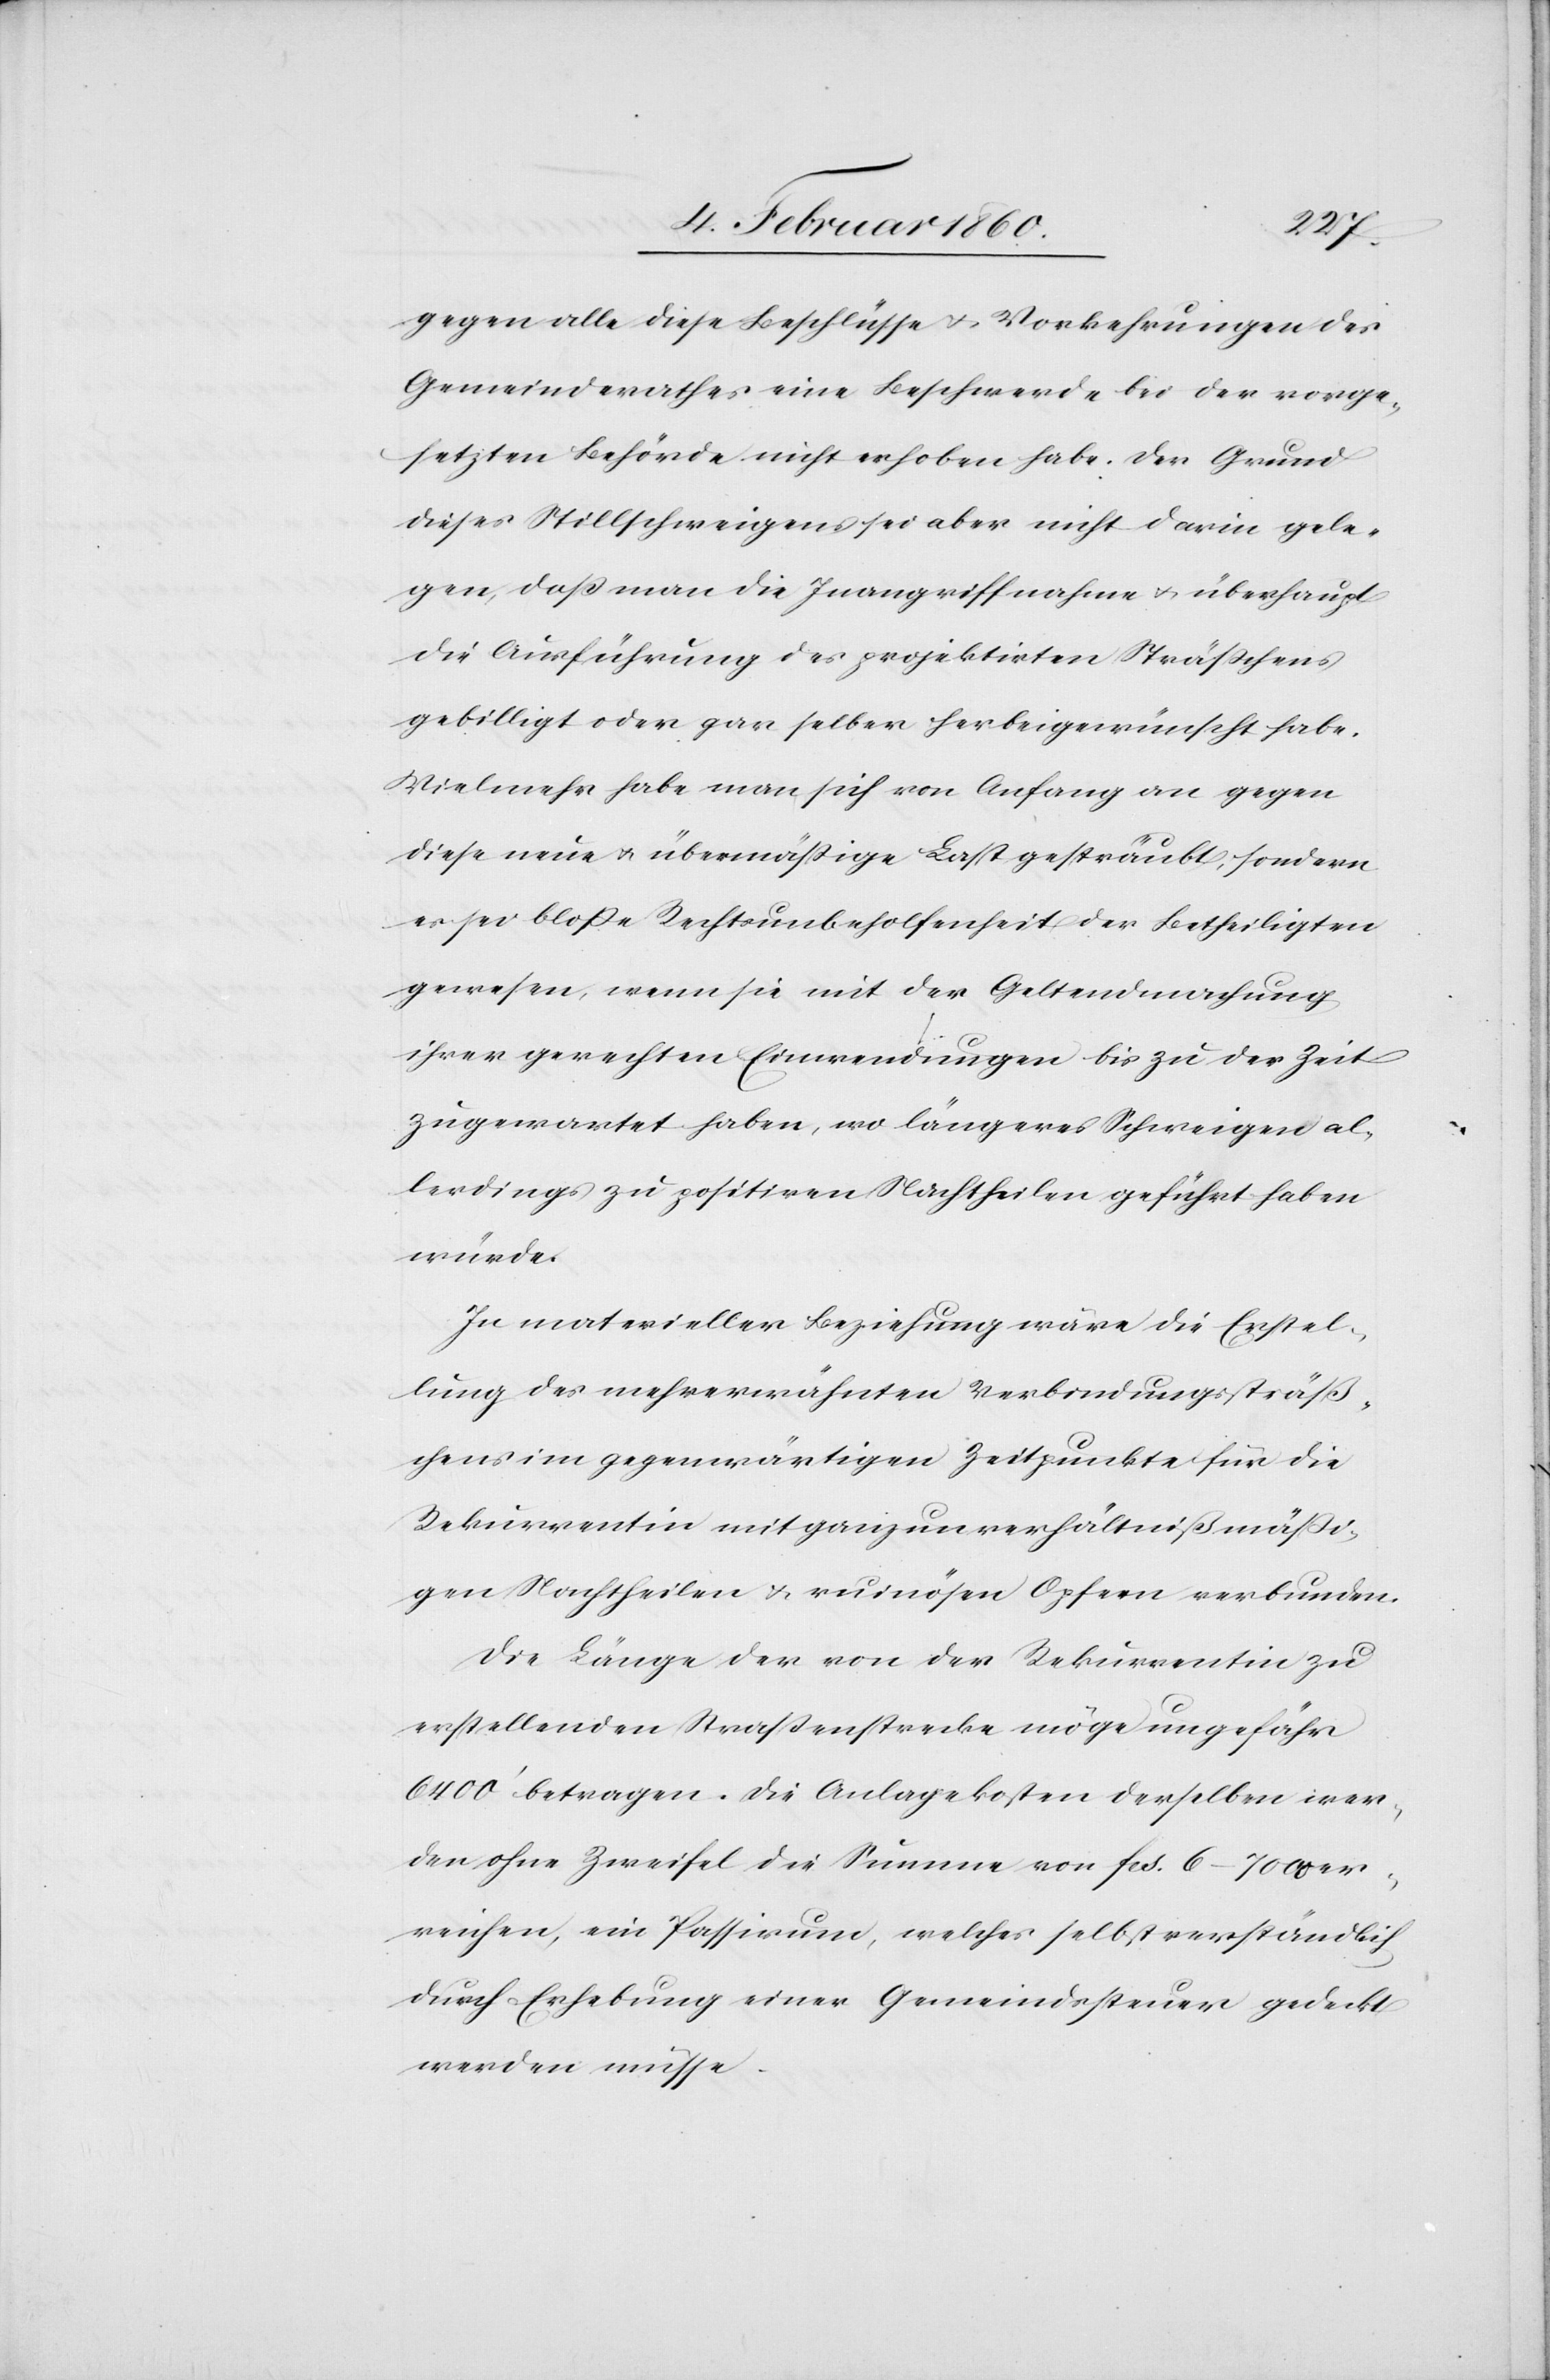
gegen alle diese Beschlüsse u. Vorkehrungen des
Gemeindrathes eine Beschwerde bei der vorge¬
setzten Behörde nicht erhoben habe. Der Grund
dieses Stillschweigens sei aber nicht darin gele¬
gen, daß man die Inangriffnahme u. überhaupt
die Ausführung des projektirten Sträßchens
gebilligt habe oder gar selber herbeigewünscht habe.
Vielmehr habe man sich von Anfang an gegen
diese neue u. übermäßige Last gesträubt, sondern
es sei bloße Rechtsunbeholfenheit der Betheiligten
gewesen, wenn sie mit der Geltendmachung
ihrer gerechten Einwendungen bis zu der Zeit
zugewartet haben, wo längeres Schweigen al¬
lerdings zu positiven Nachtheilen geführt haben
würde.
In materieller Beziehung wäre die Erstel¬
lung des mehrerwähnten Verbindungssträß¬
chens im gegenwärtigen Zeitpunkte für die
Rekurrentin mit ganz unverhältnißmäßi¬
gen Nachtheilen u. ruinösen Opfern verbunden.
Die Länge der von der Rekurrentin zu
erstellenden Straßenstrecke möge ungefähr
6400’ betragen. Die Anlagekosten derselben wer¬
den ohne Zweifel die Summe von fcs. 6–7000 er¬
reichen, ein Passivum, welches selbstverständlich
durch Erhebung einer Gemeindssteuer gedeckt
werden müsse.